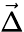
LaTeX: \vec{\Delta}